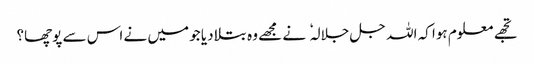
تجھے معلوم ہوا کہ اللہ جل جلالہ نے مجھے وہ بتلا دیا جو میں نے اس سے پوچھا؟